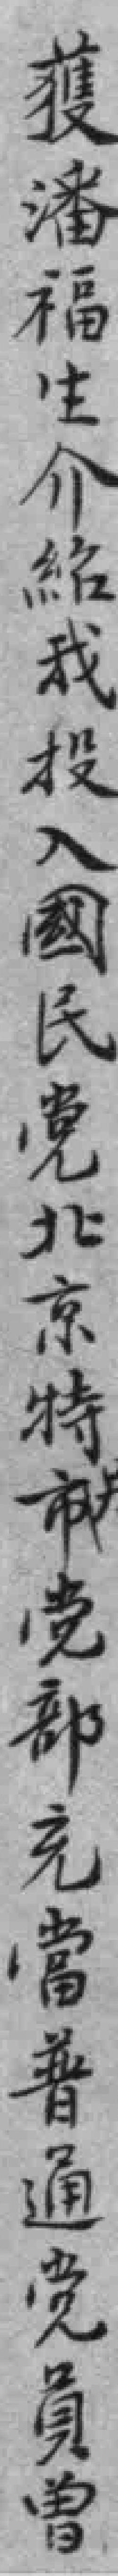
獲潘福生介紹我投入國民党北京特市党部充當普通党員曾